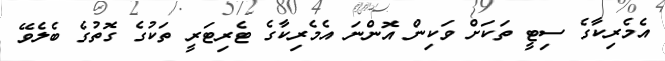
އެމެރިކާގެ ސިޓީ ތަކަށް ވަކިން އޮންނަ އެމެރިކާގެ ޓެރިޓަރީ ތަކުގެ ގޮތުގެ ބެލެވޭ